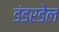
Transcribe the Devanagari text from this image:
डंडरडेल